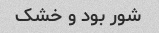
شور بود و خشک